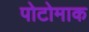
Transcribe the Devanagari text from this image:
पोटोमाक